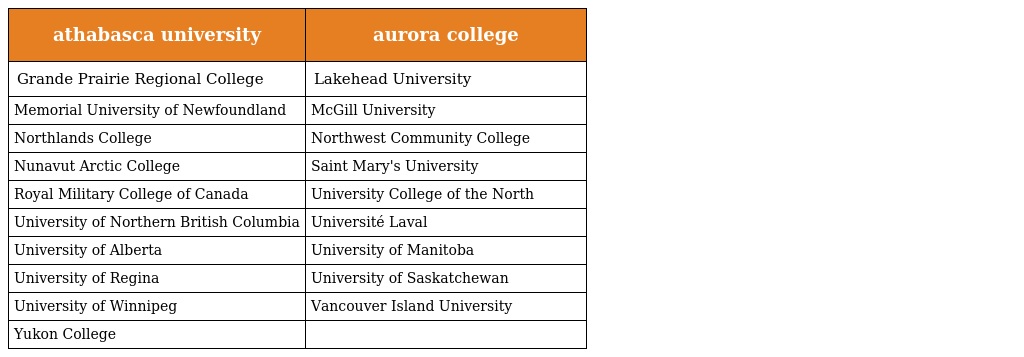
| athabasca university | aurora college |
 | --- | --- |
 | Grande Prairie Regional College | Lakehead University |
 | Memorial University of Newfoundland | McGill University |
 | Northlands College | Northwest Community College |
 | Nunavut Arctic College | Saint Mary's University |
 | Royal Military College of Canada | University College of the North |
 | University of Northern British Columbia | Université Laval |
 | University of Alberta | University of Manitoba |
 | University of Regina | University of Saskatchewan |
 | University of Winnipeg | Vancouver Island University |
 | Yukon College |  |